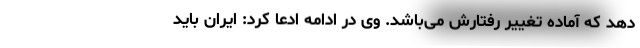
دهد که آماده تغییر رفتارش می‌باشد. وی در ادامه ادعا کرد: ایران باید